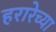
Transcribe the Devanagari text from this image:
हरारेच्या